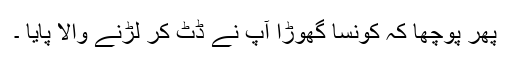
پھر پوچھا کہ کونسا گھوڑا آپ نے ڈٹ کر لڑنے والا پایا ۔